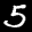
Label: 5